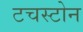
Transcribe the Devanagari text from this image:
टचस्‍टोन